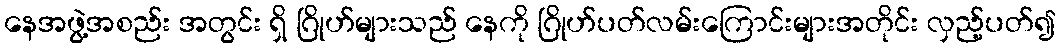
နေအဖွဲ့အစည်း အတွင်း ရှိ ဂြိုဟ်များသည် နေကို ဂြိုဟ်ပတ်လမ်းကြောင်းများအတိုင်း လှည့်ပတ်၍